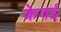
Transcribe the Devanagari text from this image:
केवई